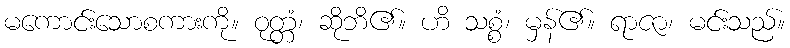
မကောင်းသောစကားကို။ ဝုတ္တံ၊ ဆိုဘိ၏။ ဟိ သစ္စံ၊ မှန်၏။ ရာဇာ၊ မင်းသည်။